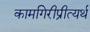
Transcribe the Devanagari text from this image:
कामगिरीप्रीत्यर्थ